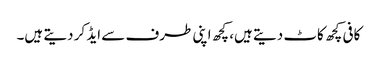
کافی کچھ کاٹ دیتے ہیں، کچھ اپنی طرف سے ایڈ کر دیتے ہیں۔